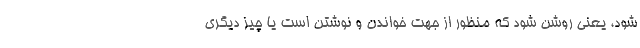
شود، یعنی روشن شود که منظور از جهت خواندن و نوشتن است یا چیز دیگری